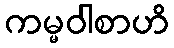
ကမ္မဝါစာဟိ